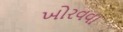
ખોરવવા